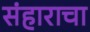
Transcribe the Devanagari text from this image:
संहाराचा